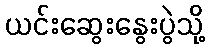
ယင်းဆွေးနွေးပွဲသို့